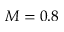
M = 0 . 8